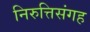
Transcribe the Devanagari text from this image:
निरुत्तिसंगह